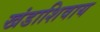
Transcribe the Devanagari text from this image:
खंडाशिवाय